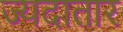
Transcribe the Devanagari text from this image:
ज्यदातार